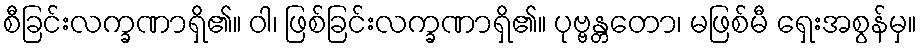
စီခြင်းလက္ခဏာရှိ၏။ ဝါ၊ ဖြစ်ခြင်းလက္ခဏာရှိ၏။ ပုဗ္ဗန္တတော၊ မဖြစ်မီ ရှေးအစွန်မှ။